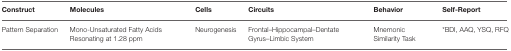
<table><thead><tr><td><b>Construct</b></td><td><b>Molecules</b></td><td><b>Cells</b></td><td><b>Circuits</b></td><td><b>Behavior</b></td><td><b>Self-Report</b></td></tr></thead><tbody><tr><td>Pattern Separation</td><td>Mono-Unsaturated Fatty Acids Resonating at 1.28 ppm</td><td>Neurogenesis</td><td>Frontal–Hippocampal–Dentate Gyrus–Limbic System</td><td>Mnemonic Similarity Task</td><td><sup>*</sup>BDI, AAQ, YSQ, RFQ</td></tr></tbody></table>